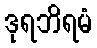
ဒုရဘိရမံ